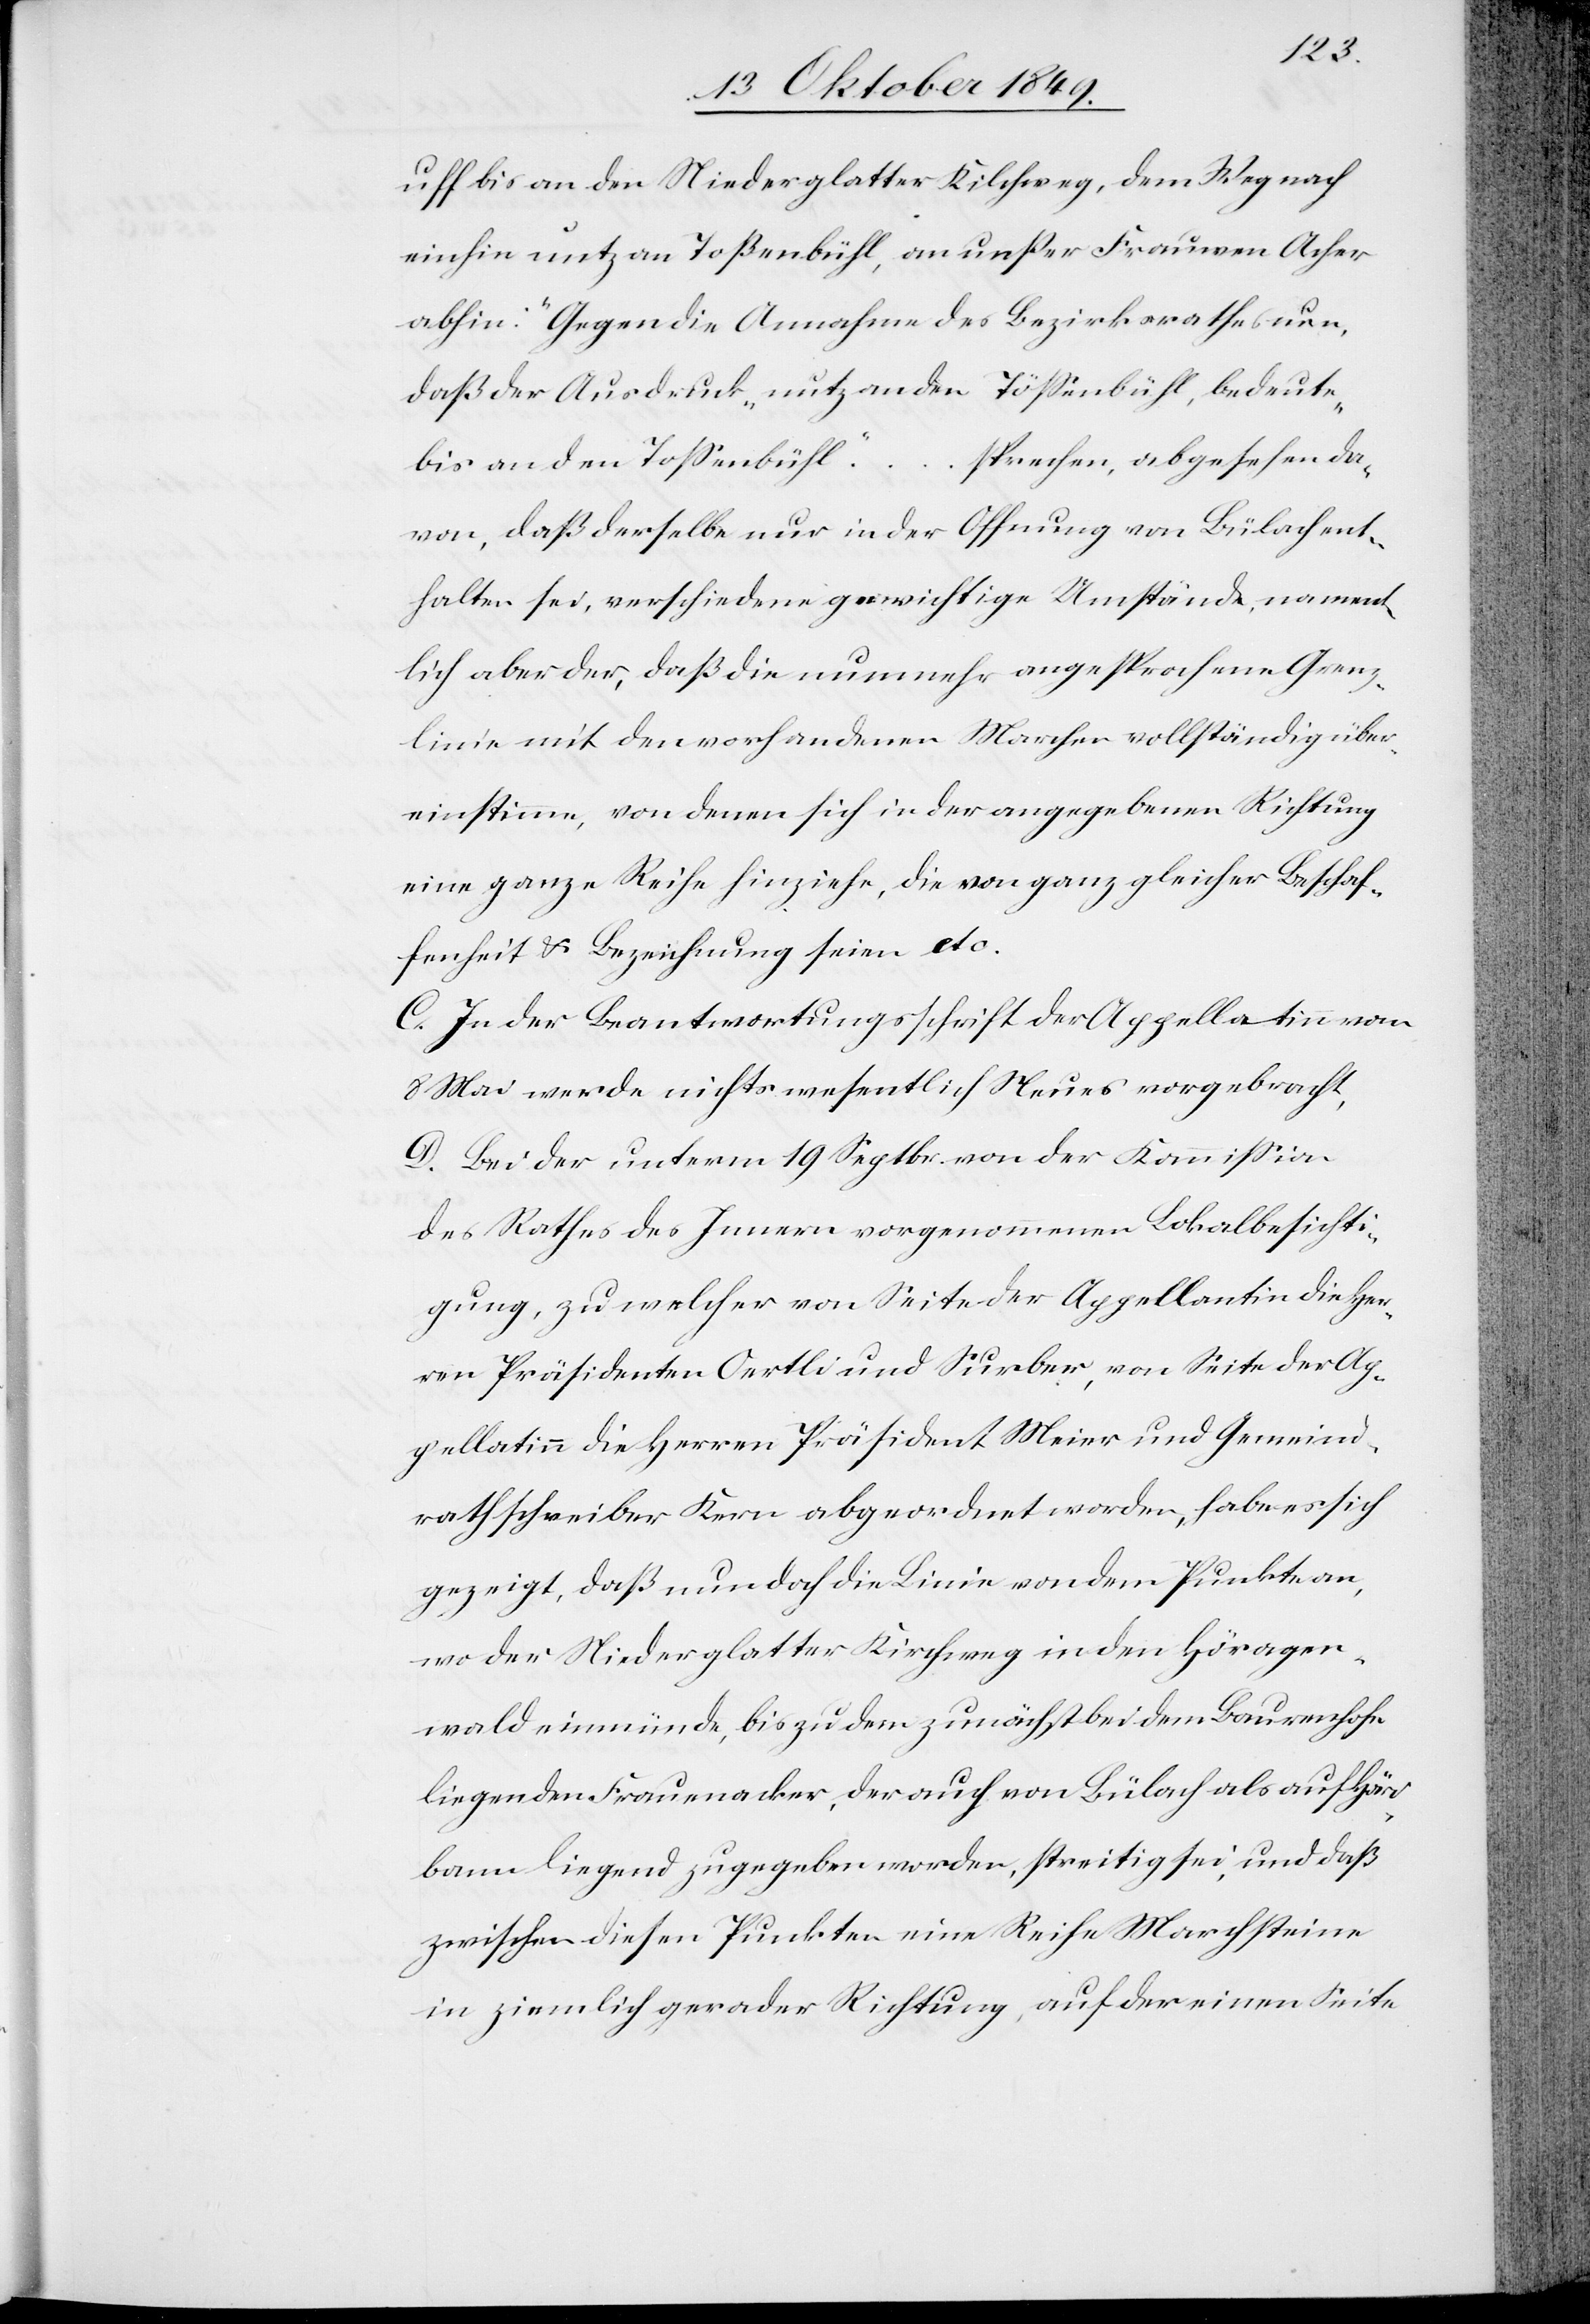
bis an den Niederglatter Kilchweg, dem Weg nach
einhin untz [sic!] an Toßenbühl, an unser Frauwen [sic!]
abhin:“ Gegen die Annahme des Bezirksrathes nun,
daß der Ausdruck „nutzenden Tößenbühl[“], bedeute
„bis an den Toßenbühl“ … sprechen, abgesehen da¬
von, daß derselbe nur in der Oeffnung von Bülach ent¬
halten sei, verschiedene gewichtige Umstände, nament¬
lich aber der, daß die nunmehr angesprochene Grenz¬
linie mit den noch vorhandenen Marchen vollständig über¬
einstimmen, von denen sich in der angegebenen Richtung
eine ganze Reihe hinziehe, die von ganz gleicher Beschaf¬
fenheit u. Beziehung seien etc.
C. In der Beantwortungsschrift der Appellatinn vom
8 Mai werde nichts wesentlich Neues vorgebracht,
D. Bei der unterm 19 Septbr. von der Kommißion
des Rathes des Innern vorgenommenen Lokalbesichti¬
gung, zu welcher von Seite der Appellantin die Her¬
ren Präsidenten Oertli und Surber, von Seite der Ap¬
pellatinn die Herren Präsident Meier und Gemeind¬
rathschreiber Kern abgeordnet worden, habe es sich
gezeigt, daß nun doch die Linie von dem Punkte an,
wo der Niederglatter Kirchweg in den Höragen¬
wald einmünde, bis zu dem zunächst bei dem Bauernhofe
liegenden Frauenacker, der auch von Bülach als auf Höri¬
bann liegend zugegeben worden, streitig sei, und daß
zwischen diesen Punkten eine Reihe Marchsteine
in ziemlich gerader Richtung, auf der einen Seite